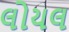
લોયલ